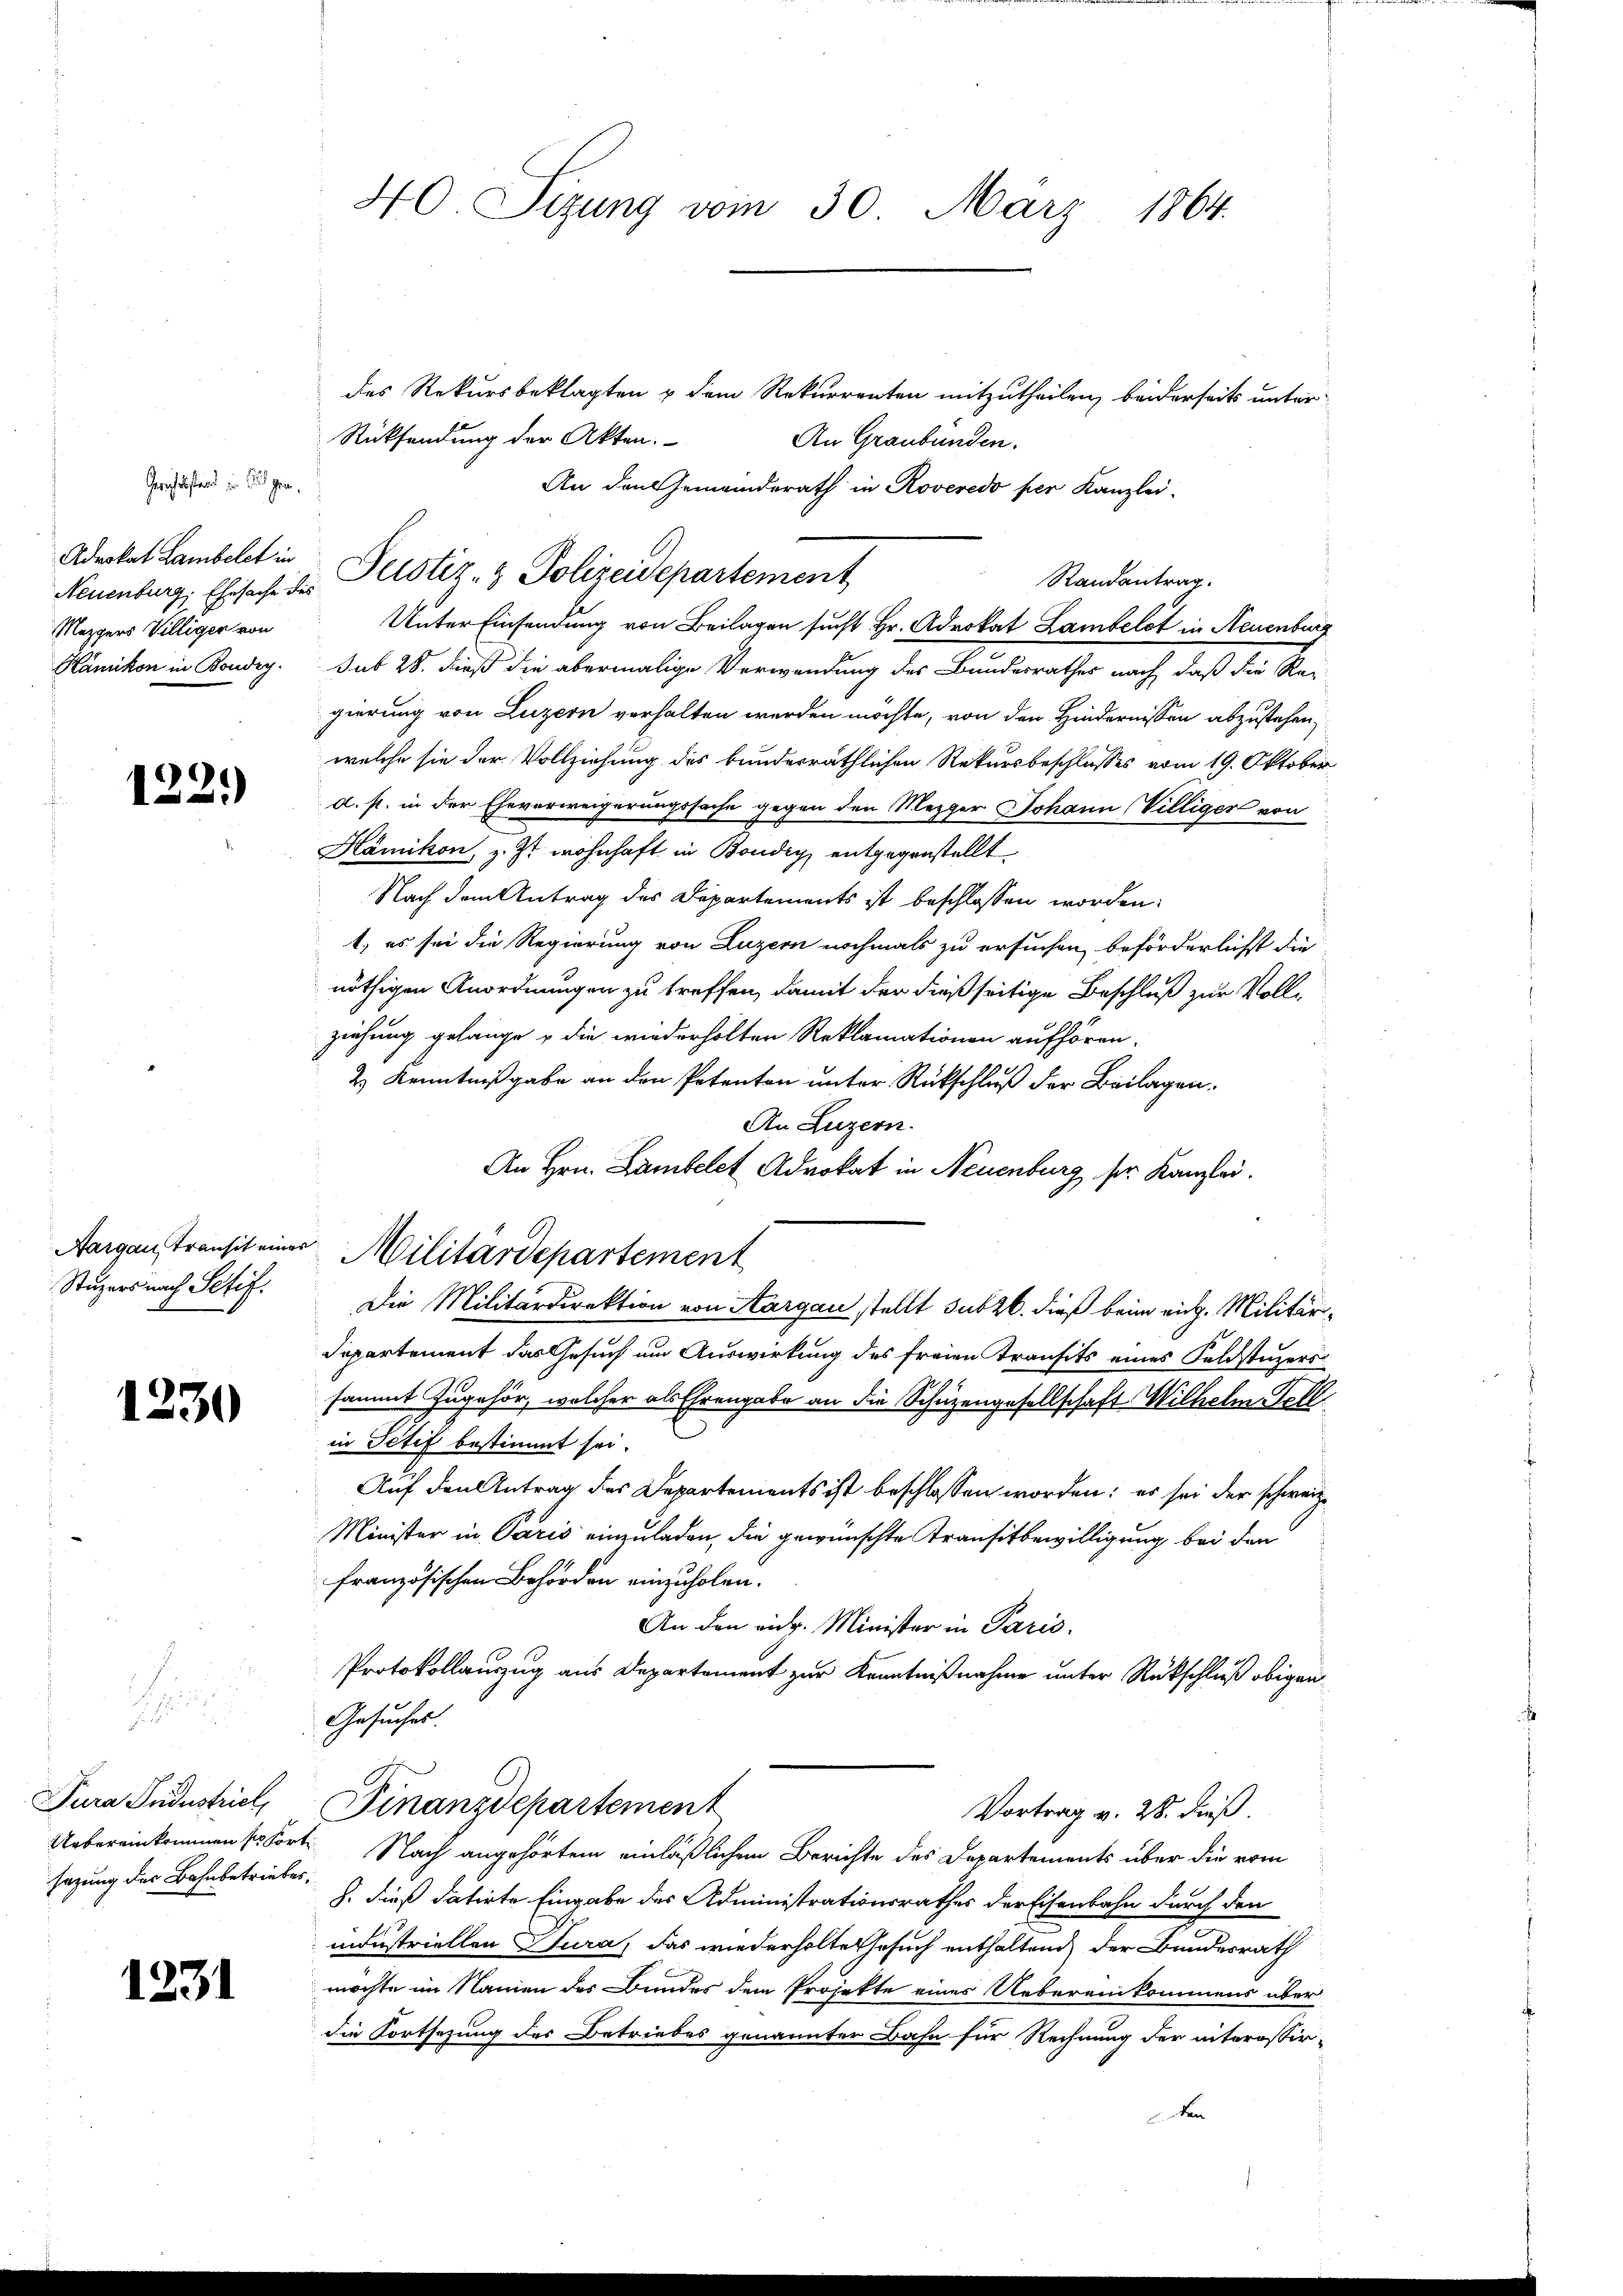
Advokat Lambelet in
Mezgers Villiger von

Gerichtsstand zu sagen.

1229)

1230

7.

sazung der Bahnbetriebes,

1231

des Rekursbeklagten & dem Rekurrenten mitzutheilen, beiderseits unter¬
Rücksendung der Akten.
An Graubünden.
An den Gemeinderath in Roveredo per Kanzlei-
Randantrag.
Unter Einsendung von Beilagen sucht Hr. Advokat Lambelct in Neuenburg
Hänikon in Kondig. sub 28. dieß die abermalige Verwendung des Bundesrathes nach, daß die Re-
gierung von Luzern verhalten werden möchte, von den Hindernissen abzustehen,
welche sie der Vollziehung des bundesräthlichen Rekursbeschlusses vom 19. Oktober
d. st. in der Eheverweigerungssache gegen den Mezger Johann Villiger von
Kämikon, z. Zt. wohnhaft in Bondig entgegenstellt
Nach dem Antrag des Departements ist beschlossen worden:
t, es sei die Regierung von Luzern nochmals zu ersuchen, beförderlichst die
nöthigen Anordnungen zu treffen, damit der dießseitige Beschluß zur Vollzeihung gelange & die wiederholten Reklamationen aufhören.
2) Kenntnißgabe an den Petenten unter Rückschluß der Beilagen,
An Luzern.
An Hrn. Lambelct Advokat in Neuenburg sr. Kanzlei.
Stuzers nach Petif. Die Militärdirektion von Aargau stellt subzb. dieß beim eich. Militär¬
Departement das Gesuch um Auswirkung des freien Transits eines Feldstuzers
sammt zugehör, welcher als Ehrengabe an die Schüzengesellschaft Wilhelm Fell
E
in Petif bestimmt sei.
Auf den Antrag des Departements ist beschlossen worden; es sei der schweiz.
Minister in Paris einzuladen, die gewünschte Transitbewilligung bei den
französischen Behörden einzuholen.
An den eidg. Minister in Paris.
Protokollauszug aus Departement zur Kenntnißnahme unter Rückschluß obigen
Gesuches.
Jura Pudustriel, Finanzdepartement
Vortrag v. 28. dieß.
Uebereinkommens dorte Nach angehörtem einläßlichen Berichte des Departements über die vom
8. dieß datirte Eingabe des Administrationsrathes der Eisenbahn durch den
industriellen Jura, das wiederholte Gesuch enthaltend der Bundesrath
möchte im Namen des Bundes dem Projekte eines Uebereinkommens über
die Fortsetzung des Betriebes genannter Bahn für Rechnung der interessir-
den

40 Sizung vom 30. März 1864.

Neuenburg, Ehesache der Helstiz- & Polizeidepartement

Aargans transit einer Militärdepartement